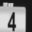
Digit: 4